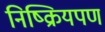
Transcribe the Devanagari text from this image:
निष्क्रियपण